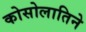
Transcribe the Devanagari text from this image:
कोसोलातिने